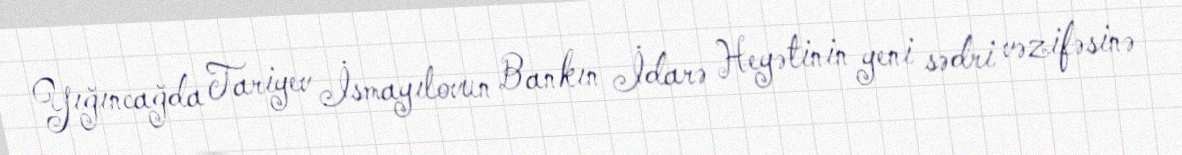
Yığıncağda Tariyev İsmayılovun Bankın İdarə Heyətinin yeni sədri vəzifəsinə